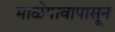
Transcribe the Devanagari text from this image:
माळेगावापासून